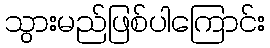
သွားမည်ဖြစ်ပါကြောင်း